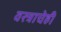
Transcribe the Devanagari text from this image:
वस्त्राचेही